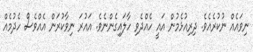
ނިވައެއް ނުކުރެއެވެ. ދިރިއުޅެމުން އައީ ހެއްދެވި ހާލައިގެންނެވެ. އައުރަ ނިވާކުރަން އެއްވެސް ހެދުމެއް